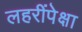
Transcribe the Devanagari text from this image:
लहरींपेक्षा